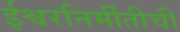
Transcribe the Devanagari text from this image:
ईश्वरनिर्मीतीची